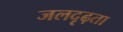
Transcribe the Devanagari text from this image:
जलदृढ़ता